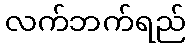
လက်ဘက်ရည်